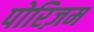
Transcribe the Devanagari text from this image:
पोरिज़म